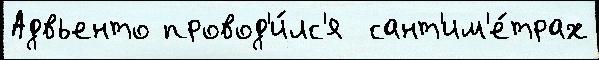
Адвьенто провод'и́лс'я  сант'им'е́трах